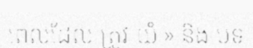
ពេលដែល ត្រូវ យំ » និង បទ